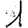
Digit: 1